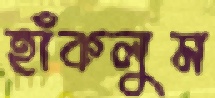
হাঁকলুম